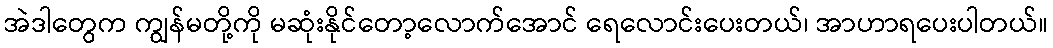
အဲဒါတွေက ကျွန်မတို့ကို မဆုံးနိုင်တော့လောက်အောင် ရေလောင်းပေးတယ်၊ အာဟာရပေးပါတယ်။